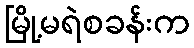
မြို့မရဲစခန်းက